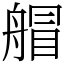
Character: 艒